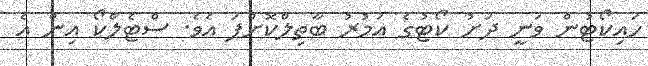
ހައިކޯޓުން ވަނީ ދަށު ކޯޓުގެ އަމުރު ބާތިލްކޮށްފަ އެވެ. ސްޓެލްކޯ އިން އެ